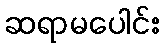
ဆရာမပေါင်း